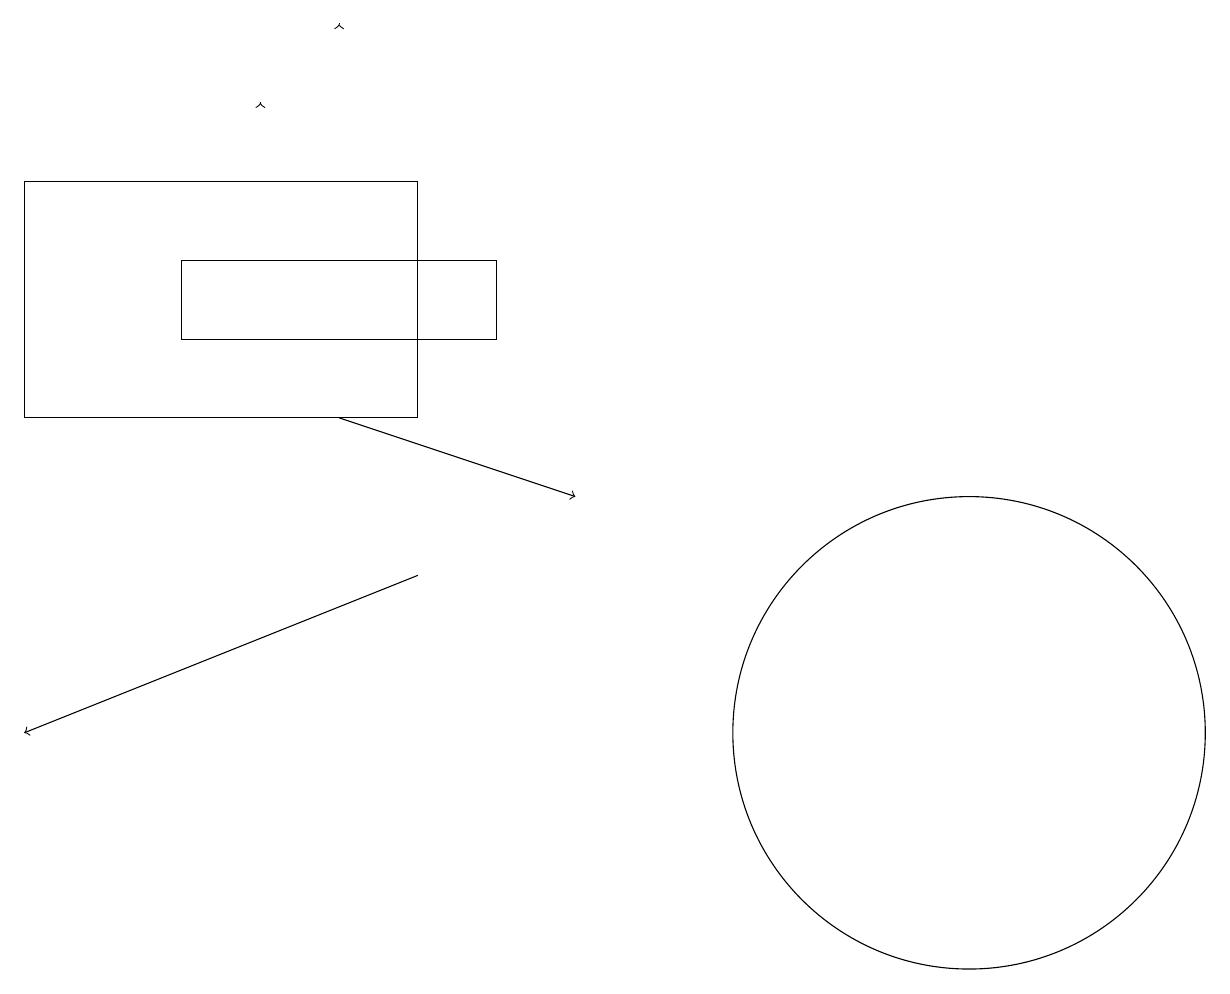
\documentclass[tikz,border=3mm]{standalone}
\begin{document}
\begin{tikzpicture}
\draw[->] (4,14) -- (7,13);
\draw (5,14) rectangle (0,17);
\draw[->] (4,19) -- (4,19);
\draw[->] (5,12) -- (0,10);
\draw (12,10) circle (3);
\draw[->] (3,18) -- (3,18);
\draw (2,15) rectangle (6,16);
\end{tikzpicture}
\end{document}